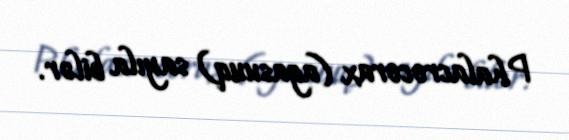
Phalacrocorax (agasuuq) sayıla bilər.